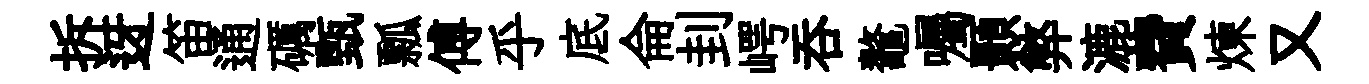
拆迓笛通礪甄瓢傅乎底侖刲崿呑鼇囑顥弊漉費煉又